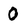
Character: 0